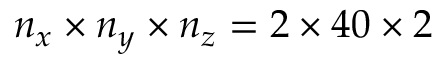
n _ { x } \times n _ { y } \times n _ { z } = 2 \times 4 0 \times 2